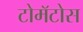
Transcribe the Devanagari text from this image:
टोमॅटोस